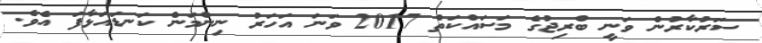
ސަރުކާރުން ވަނީ ބްރިޖުގެ މަސައްކަތް 2017 ވަނަ އަހަރު ނިންމަން ކަނޑައަޅާފަ އެވެ.